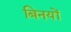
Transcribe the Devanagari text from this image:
बिनयों